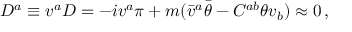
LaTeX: D ^ { a } \equiv v ^ { a } D = - i v ^ { a } \pi + m ( \bar { v } ^ { a } \bar { \theta } - C ^ { a b } \theta v _ { b } ) \approx 0 \, ,